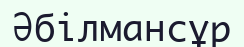
Әбілмансұр